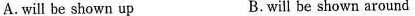
A. will be shown up B. will be shown around